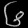
Digit: ၆